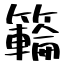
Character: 𥶡